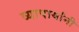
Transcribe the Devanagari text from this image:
व्यापार्यांनी